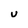
Character: U